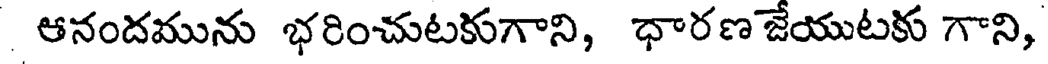
ఆనందమును భరించుటకుగాని, ధారణ జేయుటకు గాని,